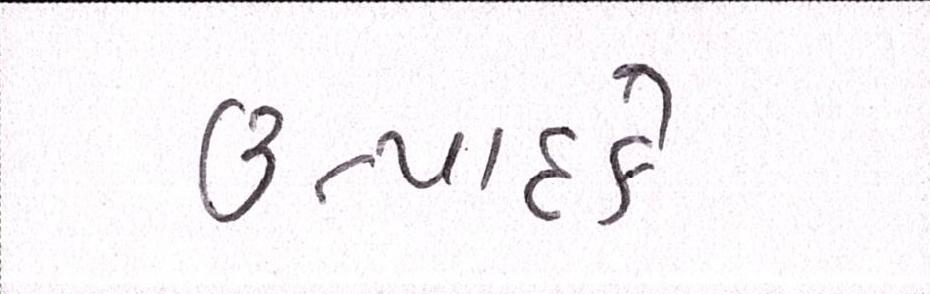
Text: ઉત્પાદકે